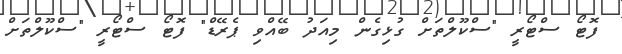
ފޮޓޯ ސްޓޯރީ "ސްކޫލްތަށް ގުޅިގެން މިއަދު ބޭއްވި ޕެރޭޑް" ފޮޓޯ ސްޓޯރީ "ސްކޫލްތަށް